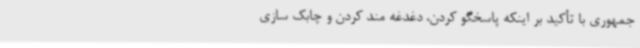
جمهوری با تأکید بر اینکه پاسخگو کردن، دغدغه مند کردن و چابک سازی